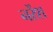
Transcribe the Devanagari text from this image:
नरेंश